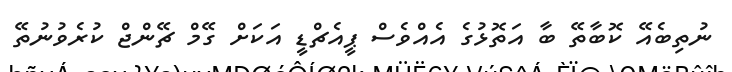
ނުތިބެއޭ ކޮބާތޭ ބާ އަތޮޅުގެ އެއްވެސް ޕީއެޗްޑީ އަކަށް ގޭމް ޗޭންޖް ކުރެވުނުތޭ